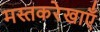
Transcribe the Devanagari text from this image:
मस्तकरेखाएँ